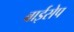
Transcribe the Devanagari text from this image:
बाईसेप